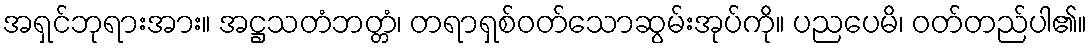
အရှင်ဘုရားအား။ အဋ္ဌသတံဘတ္တံ၊ တရာရှစ်ဝတ်သောဆွမ်းအုပ်ကို။ ပညပေမိ၊ ဝတ်တည်ပါ၏။